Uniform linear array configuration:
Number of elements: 8
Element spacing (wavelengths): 1
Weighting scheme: exponential
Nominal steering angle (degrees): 15
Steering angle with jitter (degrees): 14.311
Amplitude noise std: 0.05
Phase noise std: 0.05

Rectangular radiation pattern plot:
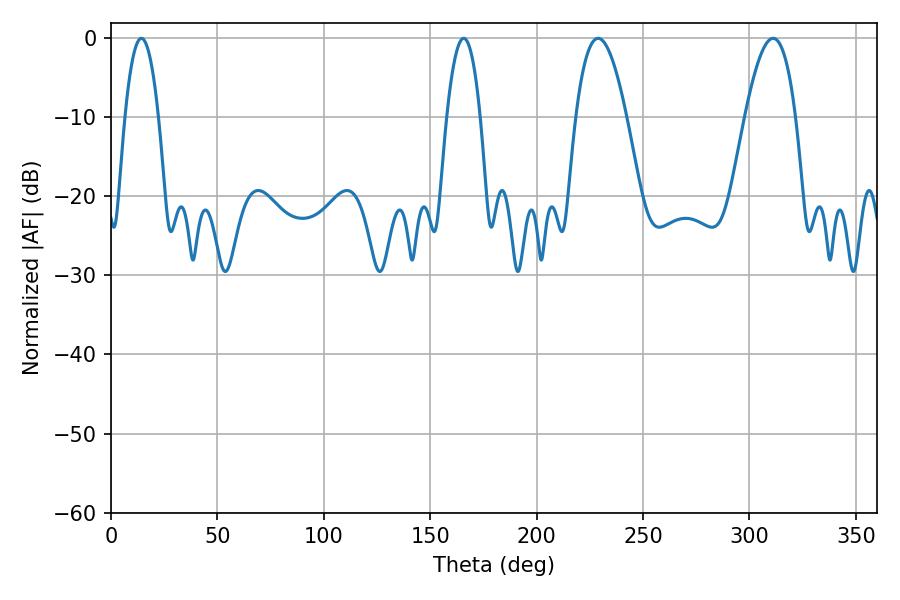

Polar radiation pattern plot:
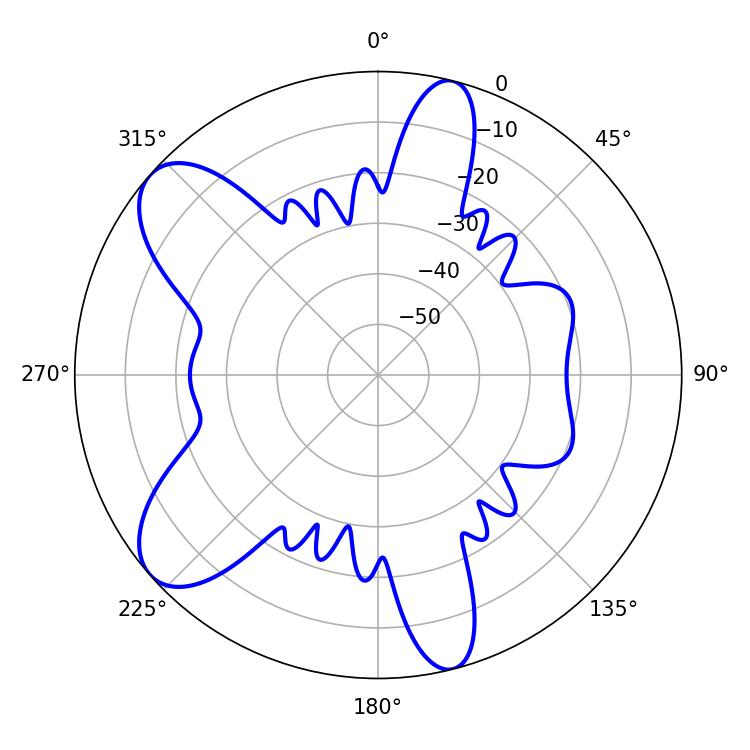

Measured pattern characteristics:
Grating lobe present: TRUE
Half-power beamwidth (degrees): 12.96
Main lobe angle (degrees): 228.96